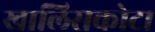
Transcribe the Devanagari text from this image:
खालिसकोटा